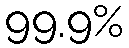
99.9%